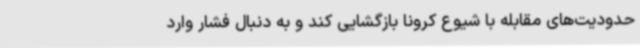
حدودیت‌های مقابله با شیوع کرونا بازگشایی کند و به دنبال فشار وارد